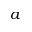
a